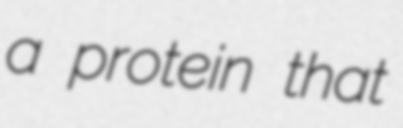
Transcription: a protein that